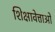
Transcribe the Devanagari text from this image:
शिक्षावेत्ताओं